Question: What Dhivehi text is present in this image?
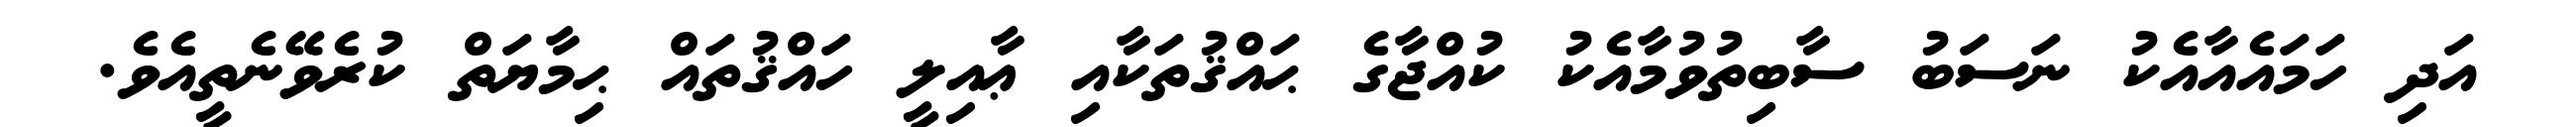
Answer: އަދި ހަމައެއާއެކު ނަސަބު ސާބިތުވުމާއެކު ކުއްޖާގެ ޙައްޤުތަކާއި ޢާއިލީ ހައްޤުތައް ޙިމާޔަތް ކުރެވޭނެތީއެވެ.